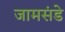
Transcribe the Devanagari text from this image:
जामसंडे